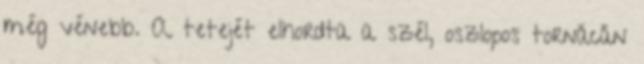
még vénebb. A tetejét elhordta a szél, oszlopos tornácán